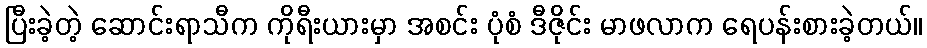
ပြီးခဲ့တဲ့ ဆောင်းရာသီက ကိုရီးယားမှာ အစင်း ပုံစံ ဒီဇိုင်း မာဖလာက ရေပန်းစားခဲ့တယ်။